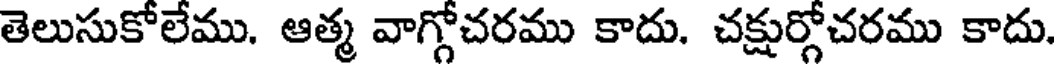
తెలుసుకోలేము. ఆత్మ వాగ్గోచరము కాదు. చక్షుర్గోచరము కాదు.